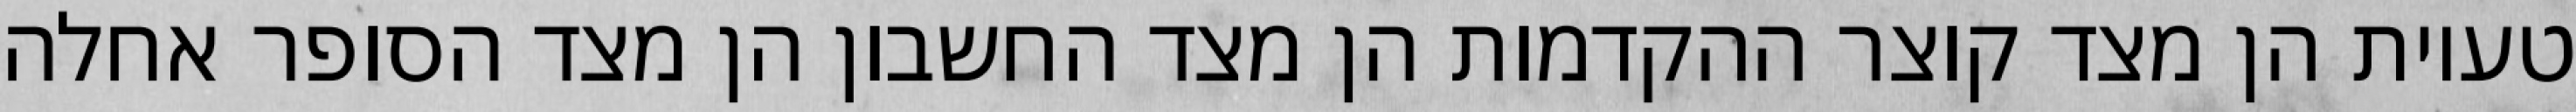
טעיות הן מצד קוצר ההקדמות הן מצד החשבון הן מצד הסופר אחלה